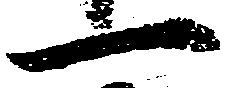
一